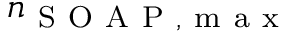
n _ { \mathrm { ~ S ~ O ~ A ~ P ~ , ~ m ~ a ~ x ~ } }